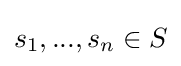
\textstyle {s_{1},...,s_{n}}\in S